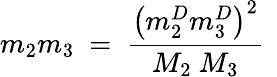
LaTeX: m_{2}m_{3}\ =\ \frac{\left(m_{2}^{D}m_{3}^{D}\right)^{2}}{M_{2}\ M_{3}}\ \,